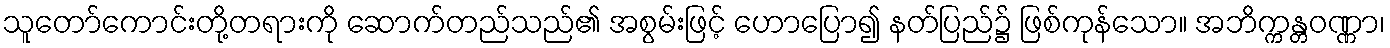
သူတော်ကောင်းတို့တရားကို ဆောက်တည်သည်၏ အစွမ်းဖြင့် ဟောပြော၍ နတ်ပြည်၌ ဖြစ်ကုန်သော။ အဘိက္ကန္တဝဏ္ဏာ၊